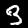
Label: 3